Medical and sanitary report of the native army of Bengal for the year
Year: 1875
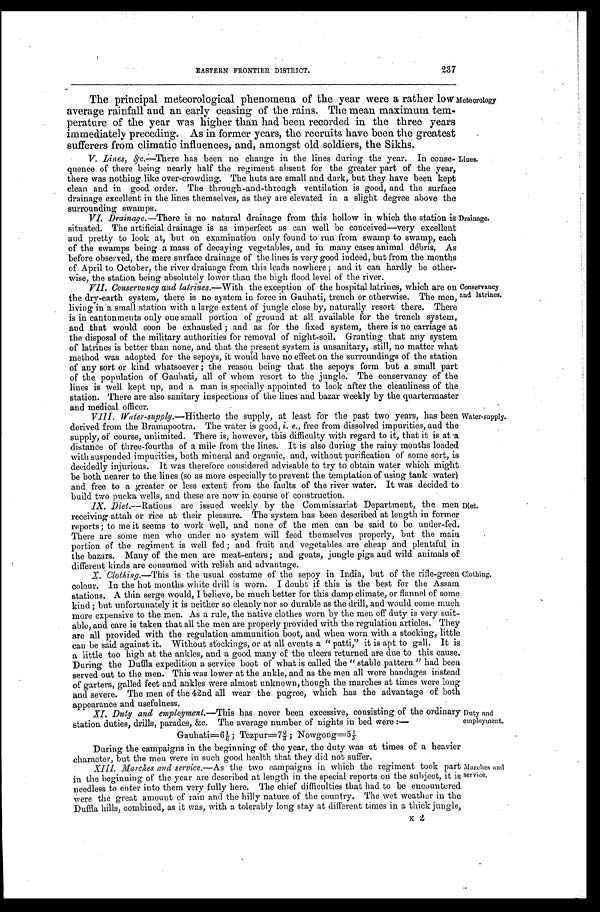
237
EASTERN FRONTIER DISTRICT.
The principal meteorological phenomena of the year were a rather low
average rainfall and an early ceasing of the rains. The mean maximum tem
-perature of the year was higher than had been recorded in the three years
immediately preceding. As in former years, the recruits have been the greatest
sufferers from climatic influences, and, amongst old soldiers, the Sikhs.
Meteorology
V. Lines, &c.—There has been no change in the lines during the year. In conse-
quence of there being nearly half the regiment absent for the greater part of the year,
there was nothing like over-crowding. The huts are small and dark, but they have been kept
clean and in good order. The through-and-through ventilation is good, and the surface
drainage excellent in the lines themselves, as they are elevated in a slight degree above the
surrounding swamps.
Lines.
V.I. Drainage.—There is no natural drainage from this hollow in which the station is
situated. The artificial drainage is as imperfect as can well be conceived—very excellent
and pretty to look at, but on examination only found to run from swamp to swamp, each
of the swamps being a mass of decaying vegetables, and in many cases animal débris. As
before observed, the mere surface drainage of the lines is very good indeed, but from the months
of April to October, the river drainage from this leads nowhere; and it can hardly be other
-wise, the station being absolutely lower than the high flood level of the river.
Drainage.
VII. Conservancy and latrines.—With the exception of the hospital latrines, which are on
the dry-earth system, there is no system in force in Gauhati, trench or otherwise. The men,
living in a small station with a large extent of jungle close by, naturally resort there. There
is in cantonments only one small portion of ground at all available for the trench system,
and that would soon be exhausted; and as for the fixed system, there is no carriage at
the disposal of the military authorities for removal of night-soil. Granting that any system
of latrines is better than none, and that the present system is unsanitary, still, no matter what
method was adopted for the sepoys, it would have no effect on the surroundings of the station
of any sort or kind whatsoever; the reason being that the sepoys form but a small part
of the population of Gauhati, all of whom resort to the jungle. The conservancy of the
lines is well kept up, and a man is specially appointed to look after the cleanliness of the
station. There are also sanitary inspections of the lines and bazar weekly by the quartermaster
and medical officer.
Conservancy
and latrines.
VIII. Water-supply.—Hitherto the supply, at least for the past two years, has been
derived from the Bramapootra. The water is good, i. e., free from dissolved impurities, and the
supply, of course, unlimited. There is, however, this difficulty with regard to it, that it is at a
distance of three-fourths of a mile from the lines. It is also during the rainy months loaded
with suspended impurities, both mineral and organic, and, without purification of some sort, is
decidedly injurious. It was therefore considered advisable to try to obtain water which might
be both nearer to the lines (so as more especially to prevent the temptation of using tank water)
and free to a greater or less extent from the faults of the river water. It was decided to
build two pucka wells, and these are now in course of construction.
Water-supply.
IX. Diet.—Rations are issued weekly by the Commissariat Department, the men
receiving attah or rice at their pleasure. The system has been described at length in former
reports; to me it seems to work well, and none of the men can be said to be under-fed.
There are some men who under no system will feed themselves properly, but the main
portion of the regiment is well fed; and fruit and vegetables are cheap and plentiful in
the bazars. Many of the men are meat-eaters; and goats, jungle pigs and wild animals of
different kinds are consumed with relish and advantage.
X. Clothing.—This is the usual costume of the sepoy in India, but of the rifle-green
colour. In the hot months white drill is worn. I doubt if this is the best for the Assam
stations. A thin serge would, I believe, be much better for this damp climate, or flannel of some
kind; but unfortunately it is neither so cleanly nor so durable as the drill, and would come much
more expensive to the men. As a rule, the native clothes worn by the men off duty is very suit
-able, and care is taken that all the men are properly provided with the regulation articles. They
are all provided with the regulation ammunition boot, and when worn with a stocking, little
can be said against it. Without stockings, or at all events a "patti," it is apt to gall. It is
a little too high at the ankles, and a good many of the ulcers returned are due to this cause.
During the Duffla expedition a service boot of what is called the "stable pattern" had been
served out to the men. This was lower at the ankle, and as the men all wore bandages instead
of garters, galled feet and ankles were almost unknown, though the marches at times were long
and severe. The men of the 42nd all wear the pugree, which has the advantage of both
appearance and usefulness.
Clothing.
XI. Duty and employment.—This has never been excessive, consisting of the ordinary
station duties, drills, parades, &c. The average number of nights in bed were:—
Diet.
Duty and
employment.
Gauhati=6⅛; Tezpur=7⅔ ; Nowgong=51/5
During the campaigns in the beginning of the year, the duty was at times of a heavier
character, but the men were in such good health that they did not suffer.
XIII. Marches and service.— A s
t h e t w o c a m p a i g n s i n w h i c h t h e r e g i m e n t t o o k p a r t
in the beginning of the year are described at length in the special reports on the subject, it is
needless to enter into them very fully here. The chief difficulties that had to be encountered
were the great amount of rain and the hilly nature of the country. The wet weather in the
D u f f l a h i l l s , c o m b i n e d , a s i t w a s , w i t h a t o l e r a b l y l o n g s t a y a t d i f f e r e n t t i m e s i n a t h i c k j u n g l e ,
Marches and
service.
K 2